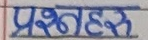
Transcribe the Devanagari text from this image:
प्रश्नहरू